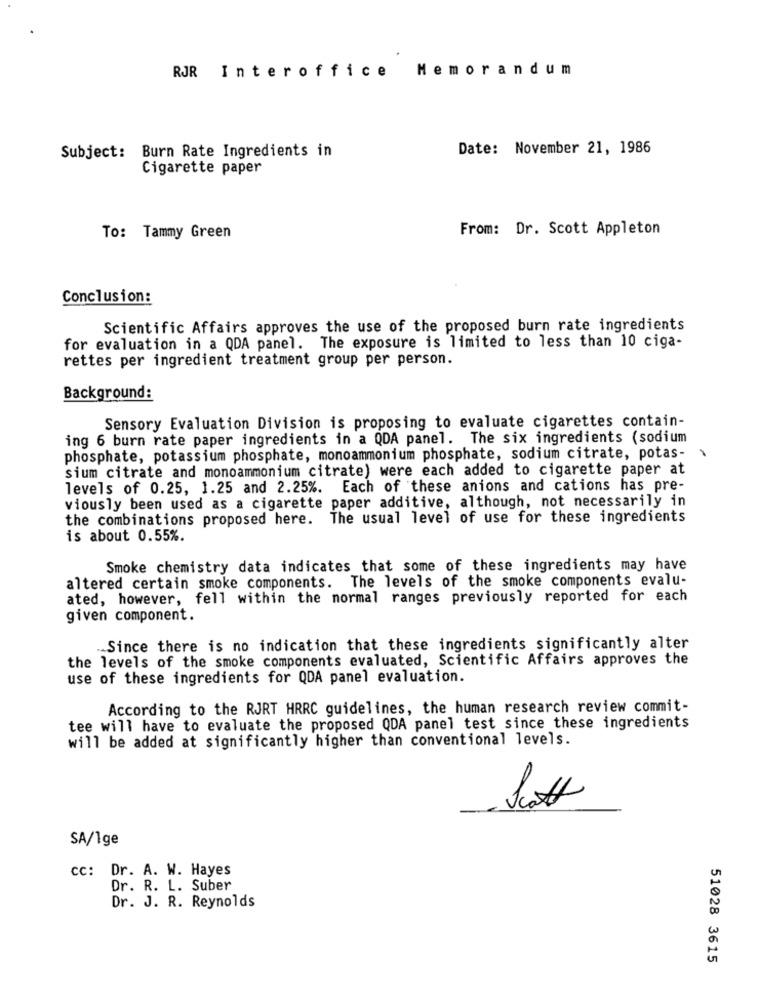
RJR Interoffice
Memorandum
Subject: Burn Rate Ingredients in
Date: November 21, 1986
Cigarette paper
From: Dr. Scott Appleton
To: Tammy Green
Conclusion:
Scientific Affairs approves the use of the proposed burn rate ingredients
for evaluation in a QDA panel. The exposure is limited to less than 10 ciga-
rettes per ingredient treatment group per person.
Background:
Sensory Evaluation Division is proposing to evaluate cigarettes contain-
ing 6 burn rate paper ingredients in a QDA panel. The six ingredients (sodium
phosphate, potassium phosphate, monoammonium phosphate, sodium citrate, potas-
sium citrate and monoammonium citrate) were each added to cigarette paper at
levels of 0.25, 1.25 and 2.25%. Each of these anions and cations has pre-
viously been used as a cigarette paper additive, although, not necessarily in
the combinations proposed here. The usual level of use for these ingredients
is about 0.55%.
Smoke chemistry data indicates that some of these ingredients may have
altered certain smoke components. The levels of the smoke components evalu-
ated, however, fell within the normal ranges previously reported for each
given component.
Since there is no indication that these ingredients significantly alter
the levels of the smoke components evaluated, Scientific Affairs approves the
use of these ingredients for QDA panel evaluation.
According to the RJRT HRRC guidelines, the human research review commit-
tee will have to evaluate the proposed QDA panel test since these ingredients
will be added at significantly higher than conventional levels.
SA/1ge
cc: Dr. A. W. Hayes
Dr. R. L. Suber
Dr. J. R. Reynolds
51028 3615